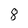
Character: 8